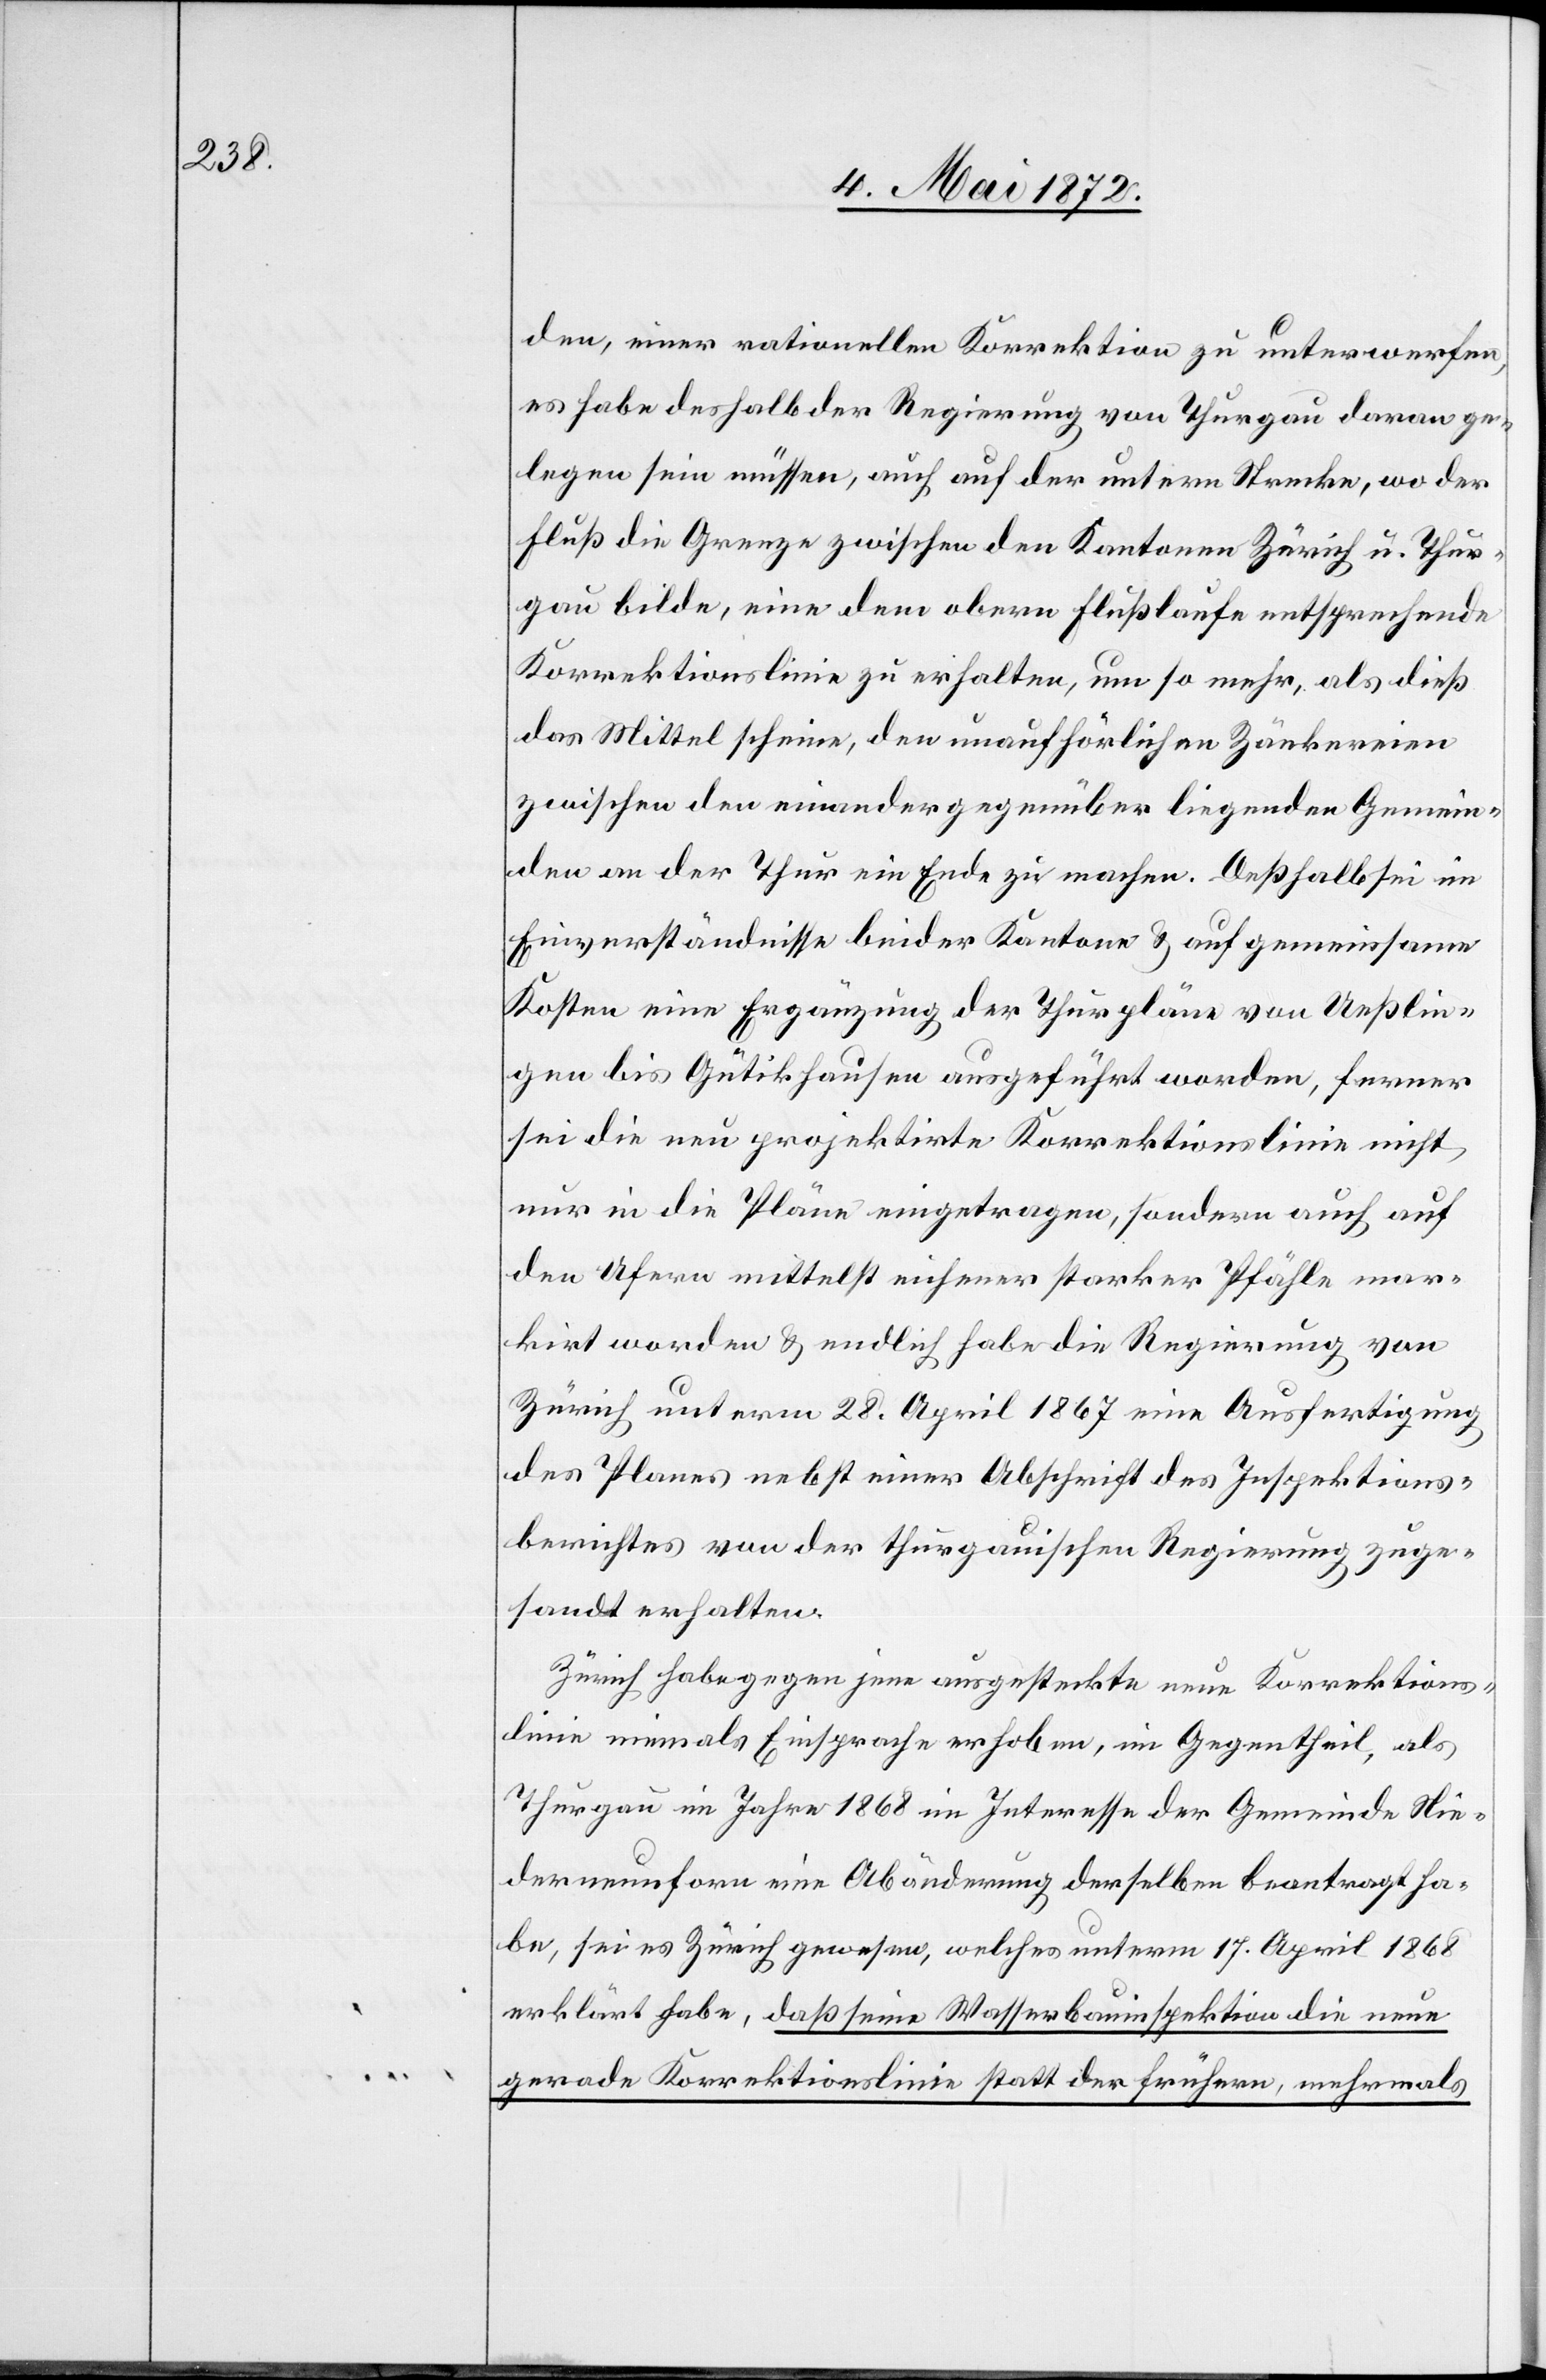
den, einer rationellen Korrektion zu unterwerfen,
es habe deshalb der Regierung von Thurgau daran ge¬
legen sein müssen, auch auf der untern Strecke, wo der
Fluß die Grenze zwischen den Kantonen Zürich u. Thur¬
gau bilde, eine dem obern Flußlaufe entsprechende
Korrektionslinie zu erhalten, um so mehr, als dieß
das Mittel scheine, den unaufhörlichen Zänkereien
zwischen den einander gegenüber liegenden Gemein¬
den an der Thur ein Ende zu machen. Deßhalb sei im
Einverständnisse beider Kantone u. auf gemeinsame
Kosten eine Ergänzung der Thurpläne von Ueßlin¬
gen bis Gütikhausen ausgeführt worden, ferner
sei die neu projektirte Korrektionslinie nicht
nur in die Pläne eingetragen, sondern auch auf
den Ufern mittelst eichener starker Pfähle mar¬
kirt worden u. endlich habe die Regierung von
Zürich unterm 28. April 1867 eine Ausfertigung
des Planes nebst einer Abschrift des Inspektions¬
berichtes von der thurgauischen Regierung zuge¬
sandt erhalten.
Zürich habe gegen jene ausgesteckte neue Korrektions¬
linie niemals Einsprache erhoben, im Gegentheil, als
Thurgau im Jahre 1868 im Interesse der Gemeinde Nie¬
derneunforn eine Abänderung derselben beantragt ha¬
be, sei es Zürich gewesen, welches unterm 17. April 1868
erklärt habe, daß seine Wasserbauinspektion die neue
gerade Korrektionslinie statt der frühern, mehrmals